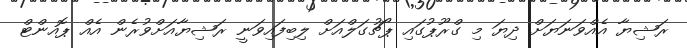
ރަޝިޔާ އެއްވަނަޔަށް ދިޔަ މި ގްރޫޕުގައި ޕޯޗުގަލްއަށް ލިބިފައިވަނީ ރަޝިޔާއަށްވުރެން އެއް ޕޮއންޓް